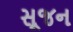
સૂજન